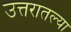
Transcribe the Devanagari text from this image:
उत्तरातल्या